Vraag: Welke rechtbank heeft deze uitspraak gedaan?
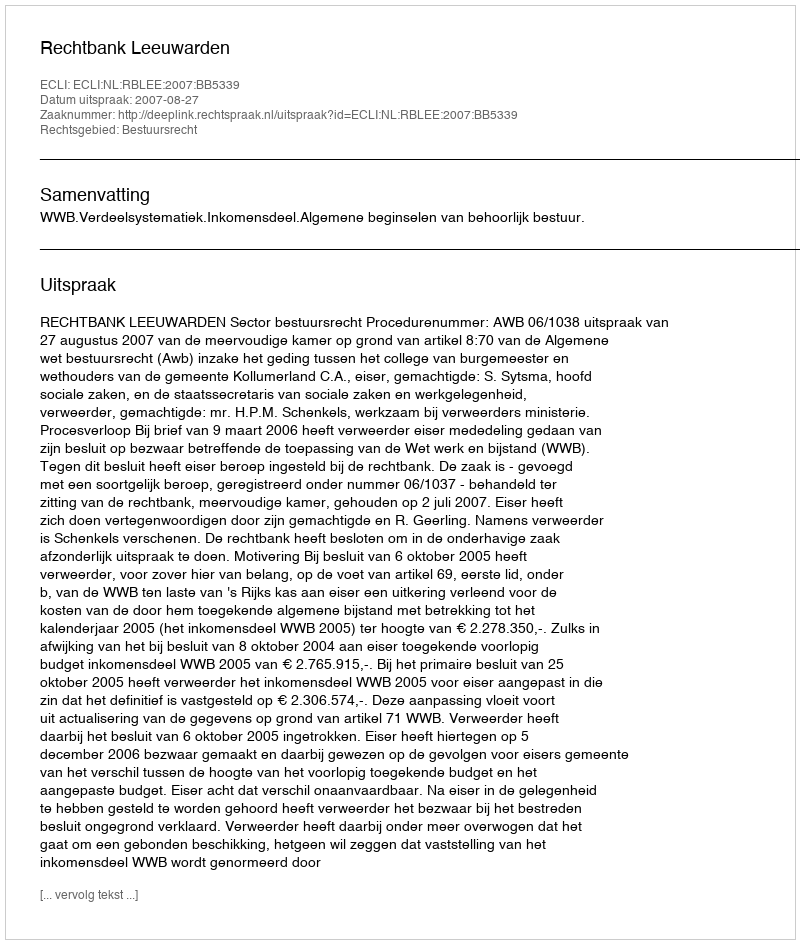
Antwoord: Rechtbank Leeuwarden